Annual statistical returns and brief notes on vaccination in Bengal - 1896-1909
Year: 1896
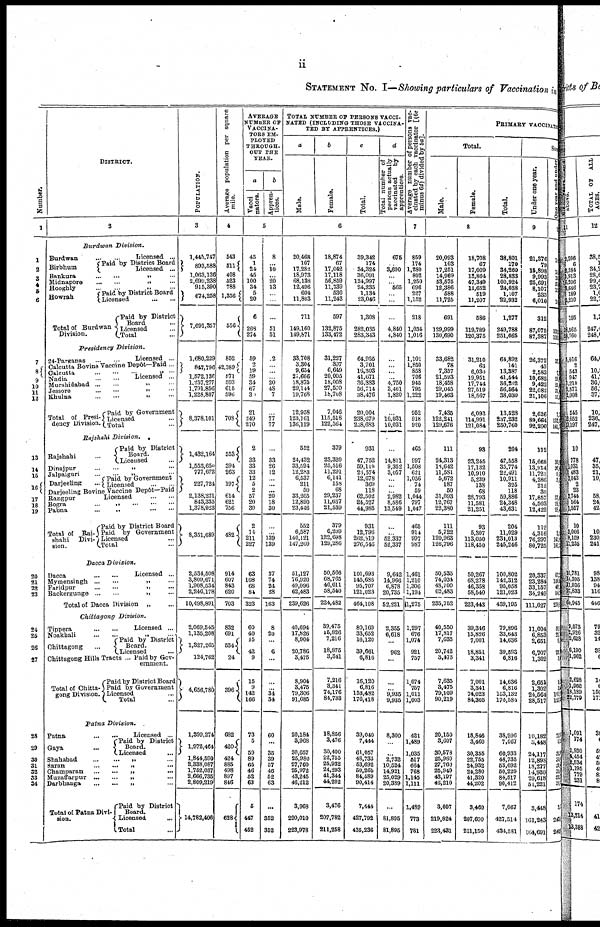
ii
STATEMENT No. I—Showing particulars of Vaccination in
Number.
1
2
3 4
5 5
8
7
8
9
10
11
12
13
14
15
16
17
18
19
20
21
22
23
24
25
26
27
28
29
30
31
32
33
34
DISTRICT.
2
Burdwan
Division.
Burdwan... ...
Birbhum...
Licensed...
Paid by District Board
Licensed...
Bankura... ...
Midnapore...
...
Hooghly... ... „
...
Howrah... ... Paid by District Board
Licensed...
...
Total of Burdwan
Division.
Paid by District
Board...
Licensed...
Total...
Presidency
Division.
24-Parganas... ...
Licensed...
Calcutta Bovine Vaccine Depôt—Paid ...
Calcutta... ... ... „ ... Nadia ... ... ... Licensed ...
Murshidabad ... ... ;; ...
Jessore... ...
Khulna...
...
...
Total of Presi-
dency Division
Paid by Government
Licensed...
Total...
Rajshahi
Division.
Rajshahi...
Paid by District
Board.
Licensed...
Dinajpur... ...
Jalpaiguri...
...
Darjeeling
Paid by Government
Licensed...
...
Darjeeling Bovine Vaccine Depôt—Paid
Rangpur...
Licensed...
Bogra... ...
Pabna...
...
Total of Raj-
shahi
Divi-
sion.
Paid by District Board
Paid by Government
Licensed...
Total...
Dacca
Division.
Dacca...
Licensed...
Mymensingh... ...
Faridpur... ...
Backergunge...
...
Total of Dacca Division „ ...
Chittagong
Division.
Tippera... ...
Licensed ...
Noakhali... ...
Chittagong...
Chittagong Hills
Tract...
Total of Chitta-
gong Division
Paid by District
Licensed
Paid by Gov-
ernment.
Paid by District Board
Paid by Government
Licensed...
Total...
Patna Division.
Patna...
Gaya...
Licensed ...
Paid by District
Board.
Licensed...
Shahabad... ...
Saran...
...
Champaran...
...
Muzaffarpur...
...
Darbhanga...
...
Total of Patna Divi-
sion.
Paid by District
Board.
Licensed...
Total...
POPULATION.
3
1,445,747
893,588
1,063,136
2,699,238
915,390
674,258
7,691,357
1,680,229
847,796
1,572,136
1,257,277
1,791,856
1,228,807
8,378,101
1,432,164
l,553,650
777,672
227,724
2,138,221
843,335
1,378,923
8,351,689
2,534,508
3,809,671
1,908,534
2,246,178
10,498,891
2,069,545
1,135,208
1,327,265
124,762
4,656,780
1,399,274
1,972,464
1,844,590
2,338,087
1,752,037
2,666,735
2,809,219
14,782,406
Average population per square
mile.
4
543
511
408
523
788
1,356
556
852
42,389
571
593
615
596
708
553
394
263
197
614
621
756
432
914
607
843
620
703
832
691
534
24
396
682
420
424
885
498
897
846
628
AVERAGE
NUMBER OF
VACCINA-
TORS EM-
PLOYED
THROUGH-
OUT THE
YEAR.
a
Vacci
nators.
b
Appren-
tices.
5
45
1
24
45
100
34
5
20
6
268
274
59
2 19
59
34
67
30
21
249
270
2
33
33
33
12
5
2
57
20
30
2
14
211
227
63
108
68
84
323
60
40
15
42
9
15
9
142
166
73
5
59
89
65
46
52
63
5
447
452
8
...
10
... 20
13
...
...
...
51
51
2
...
... ... 20
48
7
...
77
77
...
33
26
12
... ...
...
20
18
30
...
... 139
139
37
74
24
28
163
8
20
...
6
...
...
...
34
34
60
...
35
39
57
46
52
63
...
352
352
TOTAL NUMBER OF PERSONS VACCI-
----- (INCLUDING THOSE VACCINA-
TED BY APPRENTICES.)
a
Male.
b
Female.
c
Total.
d
Total number of
persons actually
vaccinated
by
apprentices.
6
20,468
107
17,282
18,973
68,138
12,496
604
11,803
711
149,160
149,871
33,708
3,304
9,654
21,666
18,875
29,144
19,768
12,958
123,161
136,119
552
24,432
33,594
12,283
6,537
211
50
33,265
12,890
23,446
552
6,587
140,121
147,260
51,127
76,920
49,096
62,483
239,626
40,694
17,826
8,904
20,786
3,475
8,904
3,475
79,306
91,685
20,184
3,968
30,657
25,980
27,760
25,972
43,245
46,212
3,968
220,010
223,978
18,874
67
17,042
17,118
56,859
11,739
530
11,243
597
132,875
133,472
31,227
397
6,649
20,005
18,008
27,570
l8,708
7,046
115,518
122,564
379
23,320
25,516
11,291
... 158
68
29,237
11,637
21,539
379
6,209
122,698
129,286
50,566
68,765
46,611
58,540
224,482
39,475
16,826
7,216
18,875
3,341
7,216
3,341
74,176
84,733
18,856
3,476
30,400
22,755
25,932
24,293
41,344
44,202
3,476
207,782
211,258
39,342
174
34,324
36,091
124,997
24,235
1,134
23,046
1,308
282,035
283,343
64,935
3,701
16,303
41,671
36,883
56,714
38,476
20,004
238,679
258,683
931
47,752
59,110
23,574
12,678
369
118
62,502
24,527
44,985
931
12,796
262,819
276,546
101,693
145,685
95,707
121,023
464,108
80,169
33,652
16,120
39,661
6,816
16,120
6,816
153,482
176,418
39,040
7,444
61,057
48,733
53,692
50,265
84,589
90,414
7,444
427,792
435,236
675
... 3,600
... ... 565
...
...
...
4,840
4,840
...
... ...
... 4,750
3,461
1,820
...
10,031
10,031
...
14,811
9,352
3,057
... ...
... 2,982
8,586
13,549
...
... 52,337
52,337
9,642
14,966
6,878
20,735
52,221
2,355
6,618
...
962
...
...
...
9,935
9,935
8,300
...
...
2,732
10,524
14,921
25,029
20,389
...
81,896
81,895
Average number of persons vac-
cinated by each vaccinator [(60
minus 6d) divided by 6a].
7
859
174
1,280
802
1,250
696
227
1,152
218
1,034
1,016
1,101
1,850
858
706
945
795
1,222
952
918
920
465
997
1,508
621
1,056
74
59
1,044
797
1,047
465
914
997
987
1,461
1,210
1,306
1,194
1,275
1,297
676
1,074
921
757
1,074
757
1,011
1,003
421
1,489
1,035
517
664
768
1,145
1,111
1,489
773
781
PRIMARY VACCINATE
Total.
Male.
Female.
Total.
8
20,093
103
17,251
14,969
53,575
12,386
588
11,725
691
129,999
130,690
33,682
78
7,357
21,593
18,458
29,045
19,463
7,435
122,241
129,676
111
24,313
18,642
11,581
5,672
187
50
31,093
12,767
22,380
111
5,722
120,963
126,796
50,535
74,034
48,700
62,483
235,752
40,550
17,817
7,635
20,742
3,475
7,635
3,475
79,109
90,219
20,150
3,607
30,578
25,980
27,760
25,949
43,197
46,210
3,607
219,824
223,431
18,708
67
17,009
13,864
47,349
11,652
519
11,207
586
119,789
120,375
31,210
63
6,030
19,951
17,744
27,519
18,567
6,093
114,991
121,084
93
23,245
17,132
10,910
5,239
138
68
28,793
11,581
21,251
93
5,307
113,050
118,450
50,267
68,278
46,358
58,540
223,443
39,346
15,826
7,001
18,851
3,341
7,001
3,341
74,023
84,305
18,846
3,460
30,355
22,755
24,932
24,280
41,320
44,202
3,460
207,690
211,150
38,801
170
34,260
28,833
100,924
24,038
1,107
22,932
1,277
249,788
251,065
64,892
141
13,387
41,544
36,202
56,564
38,030
13,528
237,232
250,760
204
47,558
35,774
22,491
10,911
325
118
59,886
24,348
43,631
204
11,029
234,013
245,246
100,802
142,312
95,058
121,023
459,195
79,896
33,643
14,636
39,593
6,816
14,636
6,816
153,132
174,584
38,996
7,067
60,933
48,735
53,692
50,229
84,517
90,412
7,067
427,514
434,581
Suc
Under one year.
9
21 376
79
15,898
9,993 25,691
8,107
233
6,010
312
87,075
87,387
26,372
43
2,583
10,682
9,422
22,082
21,106
2,626
89,664
92,290
112
15,668
13,914
11,721
4,286
212
30
17,857
4,503
12,422
112
4,316
76,297
80,725
20,337
23,284
33,157
34,249
111,027
11 004
6,863
2,651
6,707
1,302
2 651
1,302 24,564
28,517
10,182
3,448
24,117
12,898 18,277
14,930
29,618 51,221
3,448
161,243
164,691
One year and under
1
14
14 53
15
10
131
132
33
7
29
25
31
13
7
133
141
...
30
20
9
3
37
19
28
3
1
10
67
100
49
54
270
58
22
3
26
3
1
3
10
120
3
33
34
2
3
54
30
3
243
246